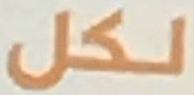
لكل